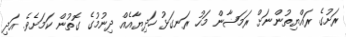
ރަށުގެ ރައްޔިތުންނަށް ރަމަޟާން މަހު ރަނގަޅު ހަދިޔާއެއް ދިނުމުގެ ގޮތުން ކަމަށެވެ. އަދި